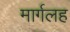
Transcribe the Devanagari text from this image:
मार्गलह